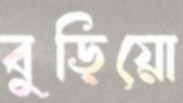
বুড়িয়ো